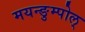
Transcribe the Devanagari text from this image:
मयन्ङुम्पोल्